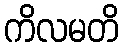
ကိလမတိ